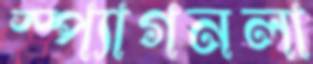
স্প্যাগনলা